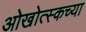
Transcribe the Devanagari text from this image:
ओखोत्स्कच्या